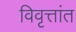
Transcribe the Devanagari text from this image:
विवृत्तांत